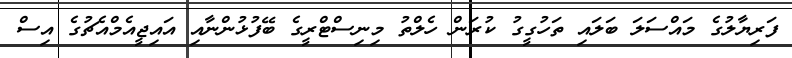
ފަރިޔާލުގެ މައްސަލަ ބަލައި ތަހުގީގު ކުރަން ހެލްތު މިނިސްޓްރީގެ ބޭފުޅުންނާއި އައިޖީއެމްއެޗުގެ އިސް